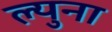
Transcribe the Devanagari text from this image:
ल्युना